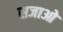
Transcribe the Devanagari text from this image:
सजाओ